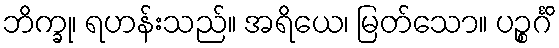
ဘိက္ခု၊ ရဟန်းသည်။ အရိယေ၊ မြတ်သော။ ပဉ္စင်္ဂိ